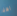
اهلا